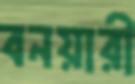
বনয়ারী